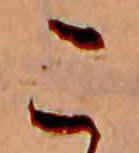
こ